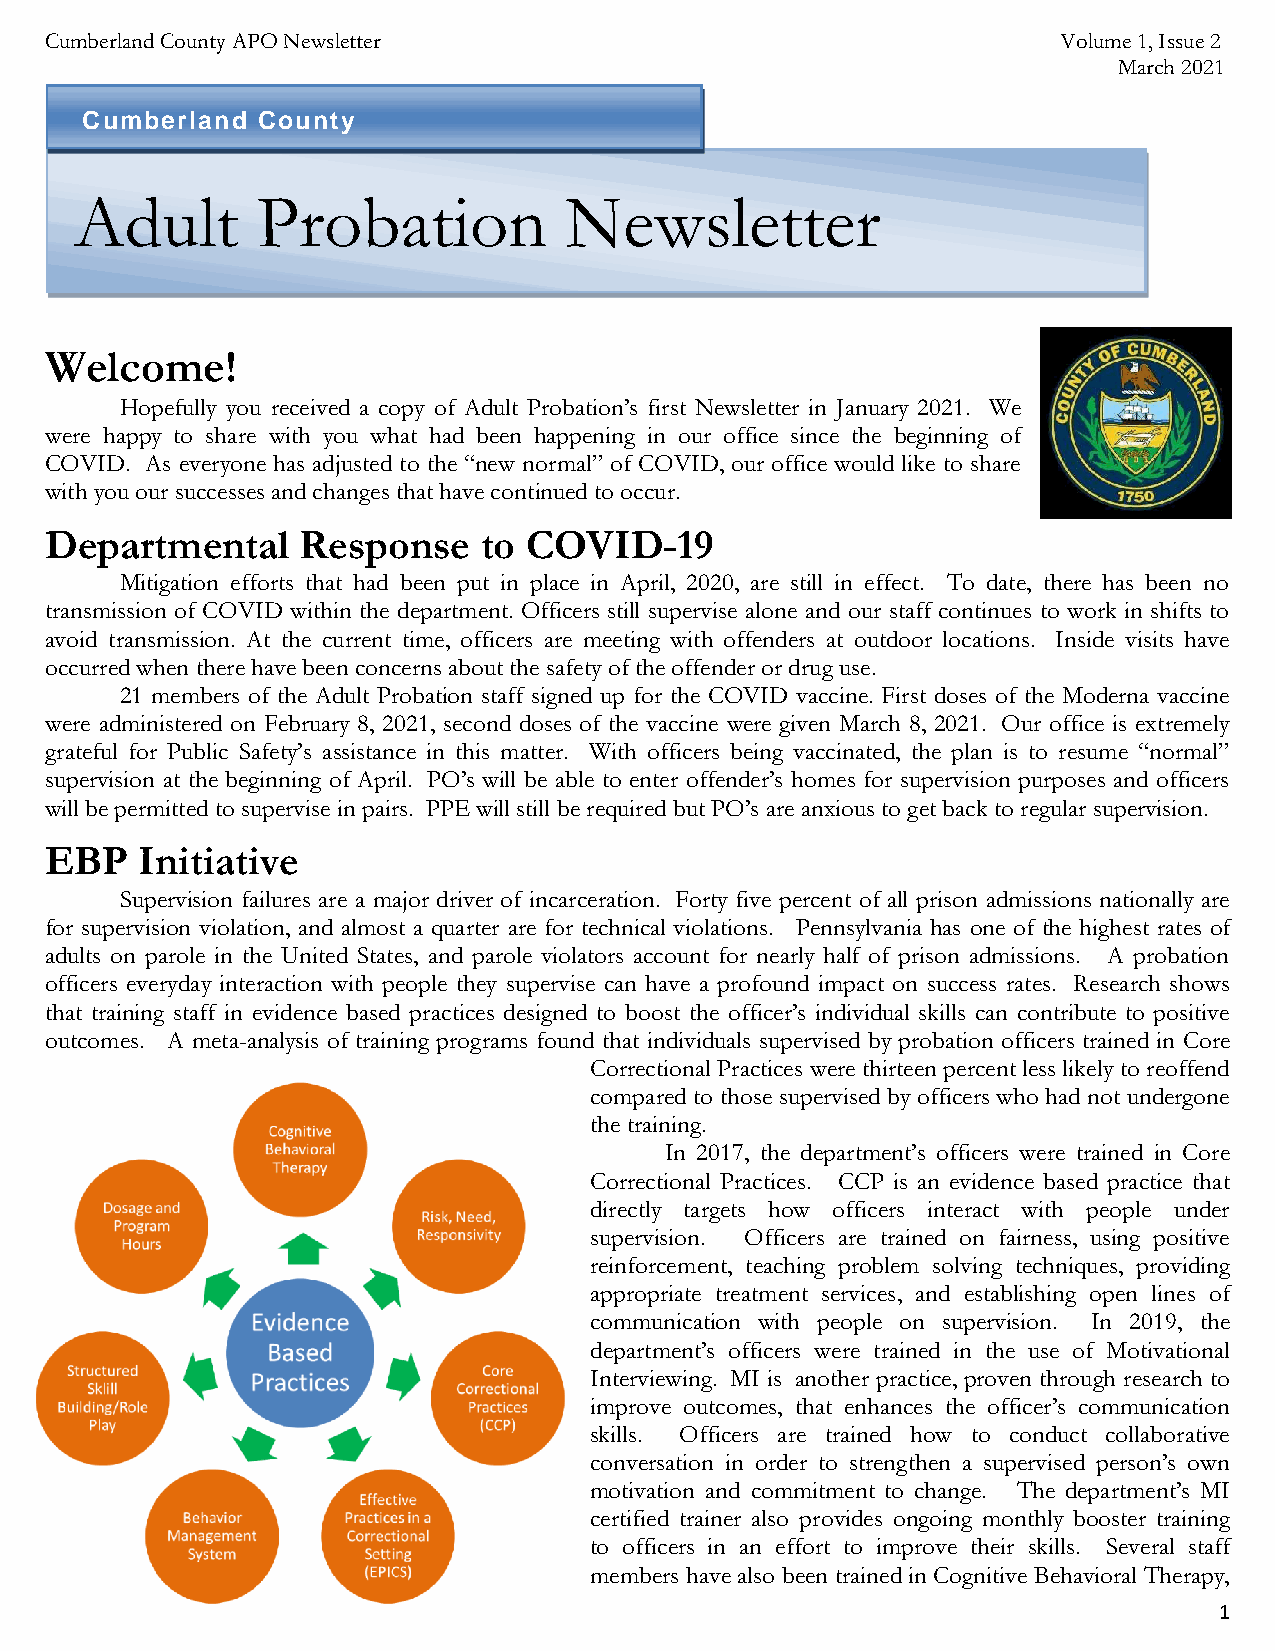
Cumberland County APO Newsletter                                   Volume 1, Issue 2
 March 2021
 Cumberland  County
 Adult       Probation           Newsletter
 Welcome!
 Hopefully you received a copy of Adult Probation’s first Newsletter in January 2021. We
 were happy to share with you what had been happening in our office since the beginning of
 COVID. As everyone has adjusted to the “new normal” of COVID, our office would like to share
 with you our successes and changes that have continued to occur.
 Departmental     Response    to COVID-19
 Mitigation efforts that had been put in place in April, 2020, are still in effect. To date, there has been no
 transmission of COVID within the department. Officers still supervise alone and our staff continues to work in shifts to
 avoid transmission. At the current time, officers are meeting with offenders at outdoor locations. Inside visits have
 occurred when there have been concerns about the safety of the offender or drug use.
 21 members of the Adult Probation staff signed up for the COVID vaccine. First doses of the Moderna vaccine
 were administered on February 8, 2021, second doses of the vaccine were given March 8, 2021. Our office is extremely
 grateful for Public Safety’s assistance in this matter. With officers being vaccinated, the plan is to resume “normal”
 supervision at the beginning of April. PO’s will be able to enter offender’s homes for supervision purposes and officers
 will be permitted to supervise in pairs. PPE will still be required but PO’s are anxious to get back to regular supervision.
 EBP   Initiative
 Supervision failures are a major driver of incarceration. Forty five percent of all prison admissions nationally are
 for supervision violation, and almost a quarter are for technical violations. Pennsylvania has one of the highest rates of
 adults on parole in the United States, and parole violators account for nearly half of prison admissions. A probation
 officers everyday interaction with people they supervise can have a profound impact on success rates. Research shows
 that training staff in evidence based practices designed to boost the officer’s individual skills can contribute to positive
 outcomes. A meta-analysis of training programs found that individuals supervised by probation officers trained in Core
 Correctional Practices were thirteen percent less likely to reoffend
 compared to those supervised by officers who had not undergone
 the training.
 In 2017, the department’s officers were trained in Core
 Correctional Practices. CCP is an evidence based practice that
 directly targets how officers interact with people under
 supervision. Officers are trained on fairness, using positive
 reinforcement, teaching problem solving techniques, providing
 appropriate treatment services, and establishing open lines of
 communication with people on supervision. In 2019, the
 department’s officers were trained in the use of Motivational
 Interviewing. MI is another practice, proven through research to
 improve outcomes, that enhances the officer’s communication
 skills. Officers are trained how to conduct collaborative
 conversation in order to strengthen a supervised person’s own
 motivation and commitment to change. The department’s MI
 certified trainer also provides ongoing monthly booster training
 to officers in an effort to improve their skills. Several staff
 members have also been trained in Cognitive Behavioral Therapy,
 1